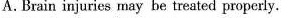
A.Brain injuries may be treated properly.